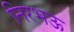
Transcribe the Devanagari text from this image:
निरभऊ